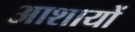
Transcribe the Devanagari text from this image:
आशायों